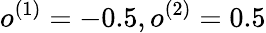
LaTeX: o^{(1)}=-0.5,o^{(2)}=0.5